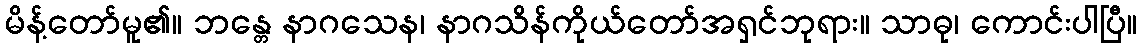
မိန့်တော်မူ၏။ ဘန္တေ နာဂသေန၊ နာဂသိန်ကိုယ်တော်အရှင်ဘုရား။ သာဓု၊ ကောင်းပါပြီ။